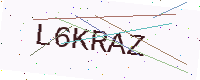
Text: L6KRAZ